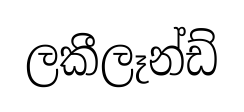
ලකීලෑන්ඩ්